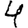
Digit: 4